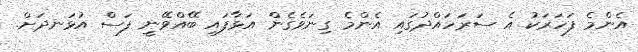
އެންމެ ފަހަރަކު އެ ސަރަހައްދުގައި އެންމެ ގިނަވެގެން އަޅާފައި ބޭއްވޭނީ ފަސް އުޅަނދަށް.